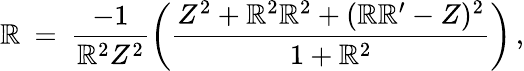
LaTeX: {\cal{\mathbb{R}}}\: =\: \frac{{-1}}{{\mathbb{R}^{2}Z^{2}}}\left(\frac{{Z^{2}+\mathbb{R}^{2}\mathbb{R}^{2}+(\mathbb{R}\mathbb{R}^{\prime}-Z)^{2}}}{{1+\mathbb{R}^{2}}}\right)\, ,